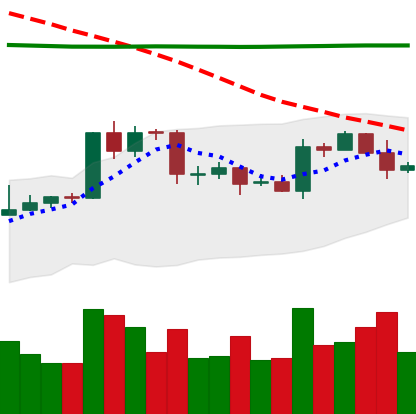
Ticker: EOS-USD
Chart end date: 2020-04-21
Forward return: 7.56%
Label: up_7plus